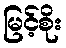
မြင့်စိုး